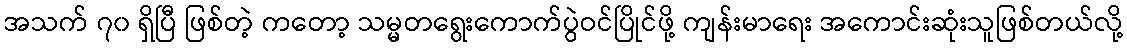
အသက် ၇၀ ရှိပြီ ဖြစ်တဲ့ ကတော့ သမ္မတရွေးကောက်ပွဲဝင်ပြိုင်ဖို့ ကျန်းမာရေး အကောင်းဆုံးသူဖြစ်တယ်လို့